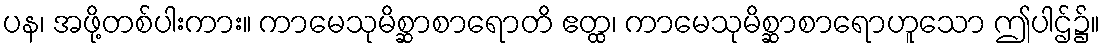
ပန၊ အဖို့တစ်ပါးကား။ ကာမေသုမိစ္ဆာစာရောတိ ဧတ္ထ၊ ကာမေသုမိစ္ဆာစာရောဟူသော ဤပါဌ်၌။